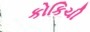
કોકિચી